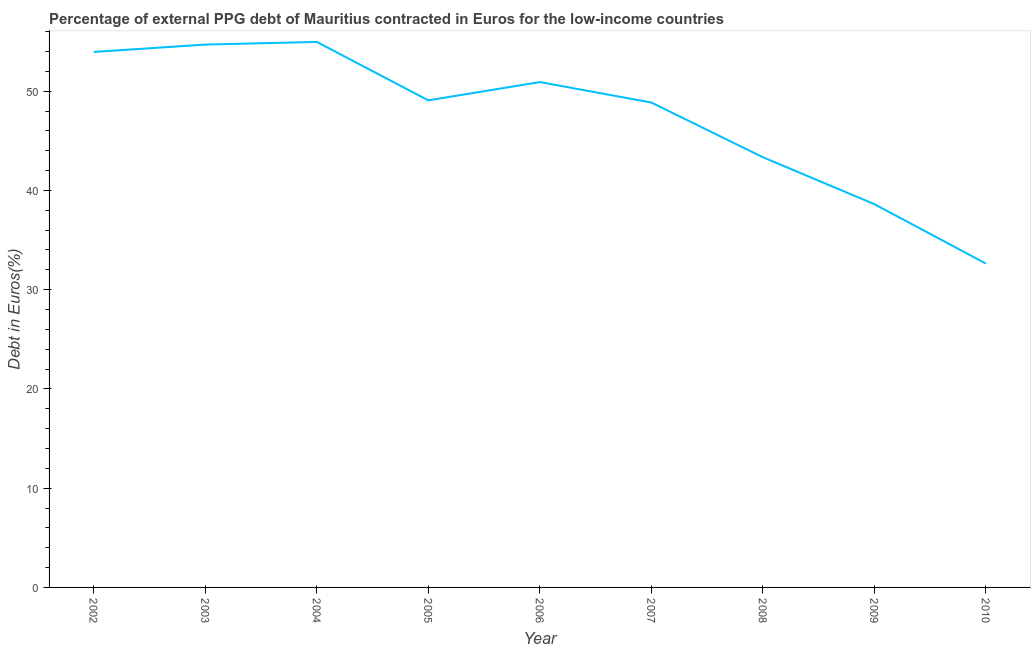
| Year | Currency composition of PPG debt |
 | --- | --- |
 | 2002 | 54 |
 | 2003 | 54.7 |
 | 2004 | 55 |
 | 2005 | 49.1 |
 | 2006 | 50.9 |
 | 2007 | 48.9 |
 | 2008 | 43.3 |
 | 2009 | 38.6 |
 | 2010 | 32.6 |